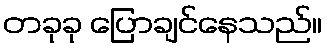
တခုခု ပြောချင်နေသည်။